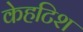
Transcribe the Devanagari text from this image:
केहटिश